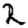
Digit: 2